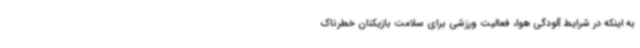
به اینکه در شرایط آلودگی هوا، فعالیت ورزشی برای سلامت بازیکنان خطرناک